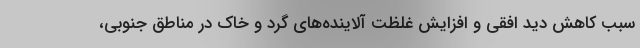
سبب کاهش دید افقی و افزایش غلظت آلاینده‌های گرد و خاک در مناطق جنوبی،